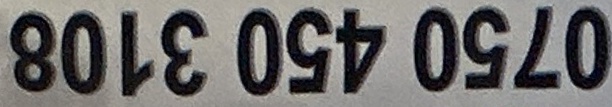
0750450310800